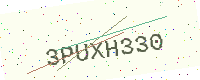
Text: 3PUXH330